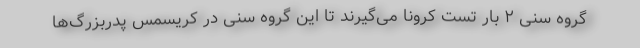
گروه سنی ۲ بار تست کرونا می‌گیرند تا این گروه سنی در کریسمس پدربزرگ‌ها